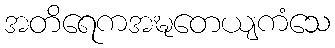
အတိရေကအဍ္ဎတေယျကံသေ